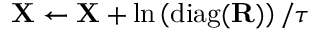
\mathbf { X } \gets \mathbf { X } + \ln \left( \mathrm { d i a g } ( \mathbf { R } ) \right) / \tau